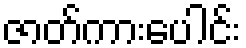
ဇာတ်ကားပေါင်း